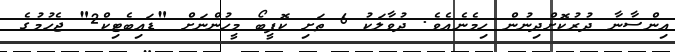
އިންސާނާ ދުރުކޮށްދިނުން ހިމެނެއެވެ. ދުވާލަކު 6 ތަށި ކޮފީބޯ މީހުންނަށް "ޑައިބެޓިކް2" ޖެހުމުގެ